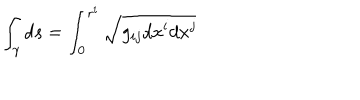
\int _ { \gamma } d s = \int _ { 0 } ^ { r ^ { i } } \sqrt { g _ { i j } d x ^ { i } d x ^ { j } }